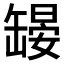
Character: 𱺳